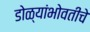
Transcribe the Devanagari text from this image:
डोळ्यांभोवतीचे